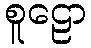
စူဠော